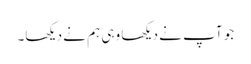
جو آپ نے دیکھا وہی ہم نے دیکھا۔